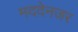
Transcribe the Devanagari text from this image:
मददेनजर